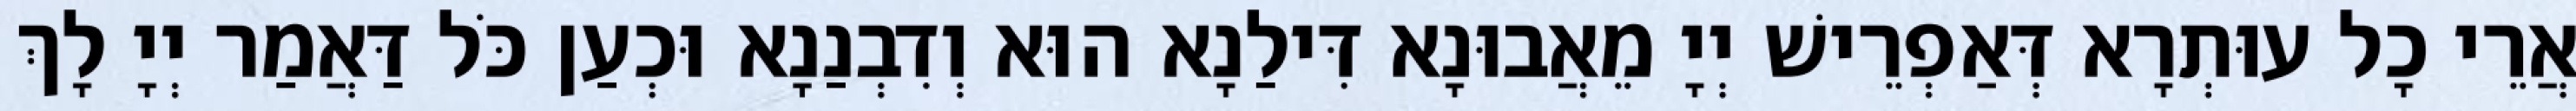
אֲרֵי כָל עוּתְרָא דְּאַפְרֵישׁ יְיָ מֵאֲבוּנָא דִּילַנָא הוּא וְדִבְנַנָא וּכְעַן כֹּל דַּאֲמַר יְיָ לָךְ